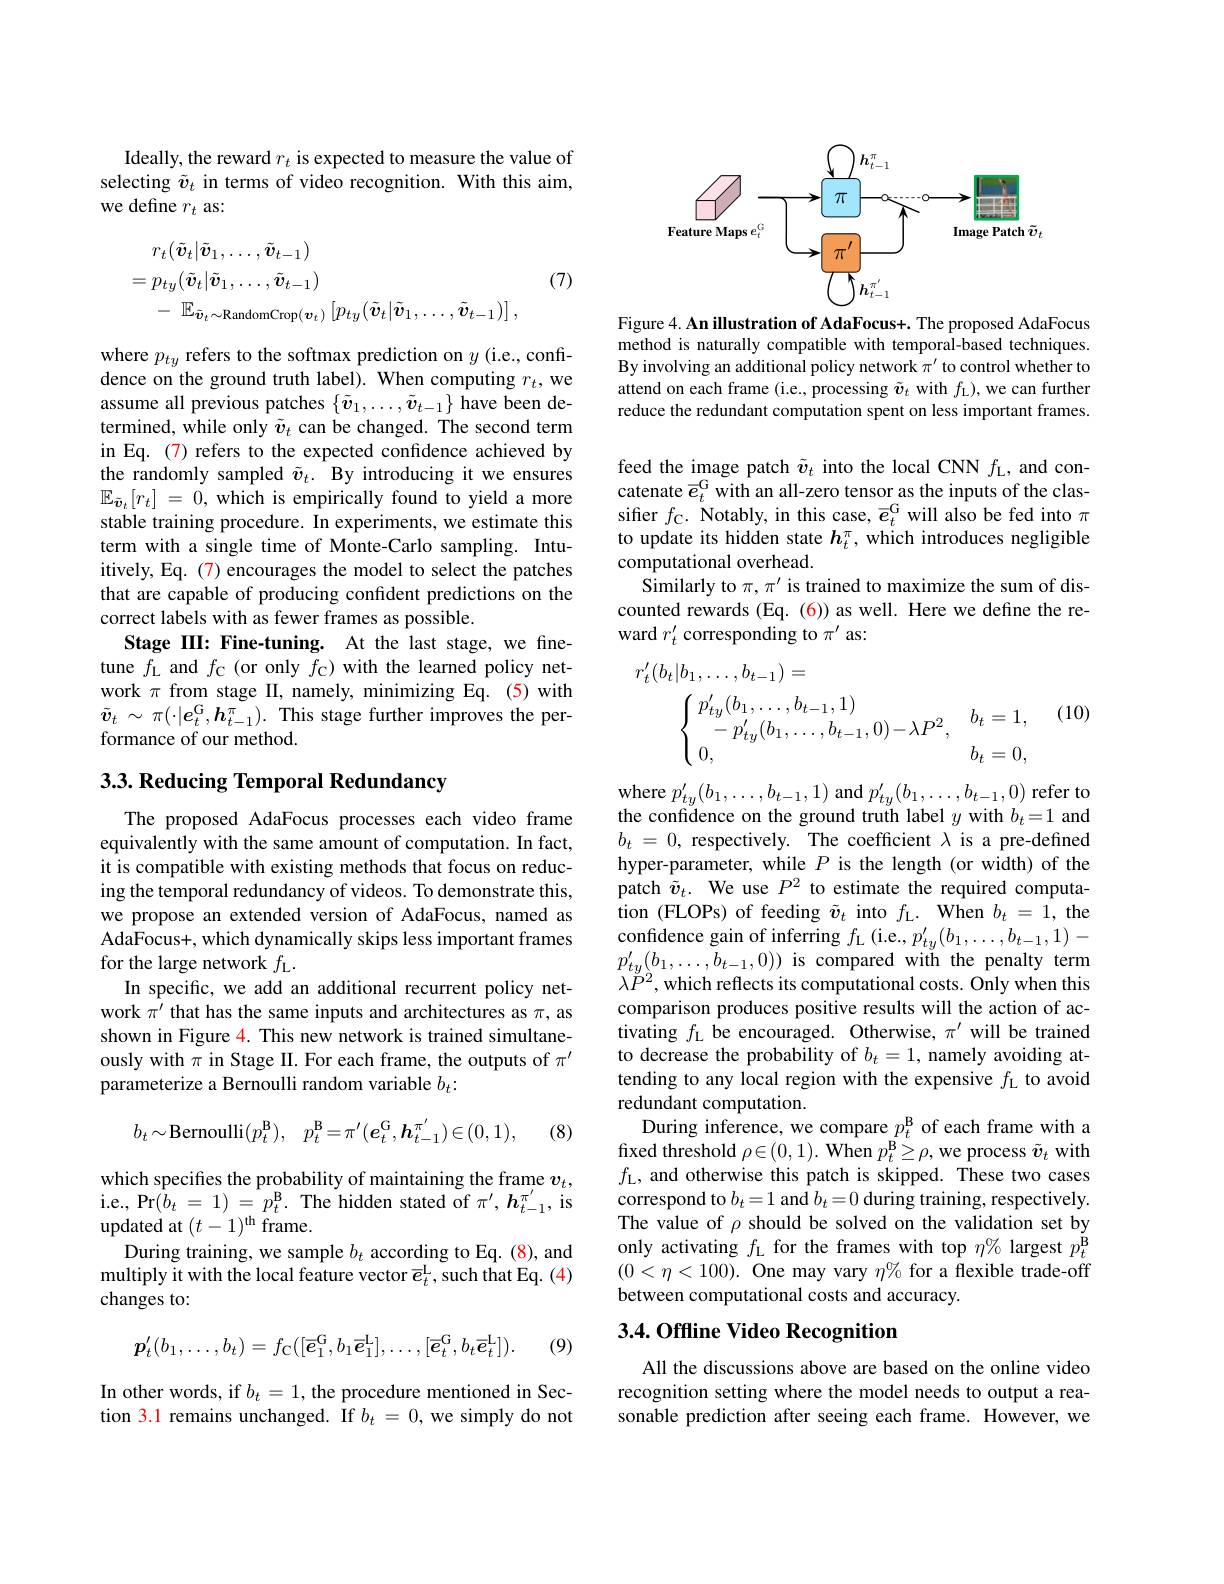
Ideally, the reward $r_t$ is expected to measure the value of selecting $\tilde{v}_t$ in terms of video recognition. With this aim, we define $r_t$ as:
$$\begin{aligned}&r_{t}(\tilde{\boldsymbol{v}}_{t}|\tilde{\boldsymbol{v}}_{1},\ldots,\tilde{\boldsymbol{v}}_{t-1})\\&=p_{ty}(\tilde{\boldsymbol{v}}_{t}|\tilde{\boldsymbol{v}}_{1},\ldots,\tilde{\boldsymbol{v}}_{t-1})\\&-\:\mathbb{E}_{\tilde{\boldsymbol{v}}_{t}\sim\mathrm{RandomCrop}(\boldsymbol{v}_{t})}\left[p_{ty}(\tilde{\boldsymbol{v}}_{t}|\tilde{\boldsymbol{v}}_{1},\ldots,\tilde{\boldsymbol{v}}_{t-1})\right],\end{aligned}$$
(7)

where $p_{ty}$ refers to the softmax prediction on $y$ (i.e., confidence on the ground truth label). When computing $r_t$,we assume all previous patches $\{\tilde{\boldsymbol{v}}_1,\ldots,\tilde{\boldsymbol{v}}_{t-1}\}$ have been determined, while only $\tilde{\boldsymbol{v}}_t$ can be changed. The second term in Eq. (7) refers to the expected confidence achieved by the randomly sampled $\tilde{v}_t.$ By introducing it we ensures $\mathbb{E} _{\tilde{\boldsymbol{v}} _t}[ r_t]$ = 0,which is empirically found to yield a more stable training procedure. In experiments, we estimate this term with a single time of Monte-Carlo sampling. Intuitively, Eq. (7) encourages the model to select the patches that are capable of producing confident predictions on the correct labels with as fewer frames as possible.
Stage III: Fine-tuning. At the last stage, we finetune $f_{\mathrm{L}}$ and $f_{\mathrm{C}}$ (or only $f_{\mathrm{C}})$ with the learned policy network $\pi$ from stage II, namely, minimizing Eq. (5) with $\tilde{\boldsymbol{v}}_{t}~\sim~\pi(\cdot|\boldsymbol{e}_{t}^{\mathrm{G}},\boldsymbol{h}_{t-1}^{\pi}).~$This stage further improves the performance of our method.

## $3. 3. \textbf{ Reducing Temporal Redundancy}$

The proposed AdaFocus processes each video frame equivalently with the same amount of computation. In fact, it is compatible with existing methods that focus on reducing the temporal redundancy of videos. To demonstrate this, we propose an extended version of AdaFocus, named as AdaFocus+, which dynamically skips less important frames for the large network $f_\mathrm{L}.$
In specific, we add an additional recurrent policy network $\pi^{\prime}$ that has the same inputs and architectures as $\pi$, as shown in Figure 4. This new network is trained simultaneously with $\pi$ in Stage II. For each frame, the outputs of $\pi^{\prime}$ parameterize a Bernoulli random variable $b_t:$
$$b_t\sim\mathrm{Bernoulli}(p_t^\mathrm{B}),\quad p_t^\mathrm{B}=\pi'(e_t^\mathrm{G},h_{t-1}^{\pi'})\in(0,1),$$
(8)

which specifies the probability of maintaining the frame $v_t$, i.e., Pr$(b_t=1)=p_t^{\mathbf{B}}.$ The hidden stated of $\pi^\prime,\boldsymbol{h}_{t-1}^{\pi^{\prime}}$, is updated at $(t-1)^\mathrm{th}$ frame.
During training, we sample $b_t$ according to Eq. (8), and multiply it with the local feature vector $\overline{e}_t^\mathrm{L}$, such that Eq. (4) changes to:
$$p_{t}^{\prime}(b_{1},\ldots,b_{t})=f_{\mathrm{C}}([\overline{e}_{1}^{\mathrm{G}},b_{1}\overline{e}_{1}^{\mathrm{L}}],\ldots,[\overline{e}_{t}^{\mathrm{G}},b_{t}\overline{e}_{t}^{\mathrm{L}}]).$$
(9)

In other words, if $b_t=1$, the procedure mentioned in Section 3.1 remains unchanged. If $b_t=0$, we simply do not

<FigureHere>

Figure 4. An illustration of AdaFocus+. The proposed AdaFocus method is naturally compatible with temporal-based techniques. By involving an additional policy network $\pi^{\prime}$ to control whether to attend on each frame (i.e., processing $\tilde{\boldsymbol{v}}_t$ with $f_\mathrm{L})$,we can further reduce the redundant computation spent on less important frames.

feed the image patch $\tilde{v}_t$ into the local CNN $f_\mathrm{L}$, and concatenate $\overline{e}_t^\mathrm{G}$ with an all-zero tensor as the inputs of the classifier $f_{\mathrm{C}}.$ Notably, in this case, $\overline e_t^{\mathrm{G}}$ will also be fed into $\pi$ to update its hidden state $h_t^\pi$, which introduces negligible computational overhead.
Similarly to $\pi,\pi^\prime$ is trained to maximize the sum of discounted rewards (Eq. (6)) as well. Here we define the reward $r_t^{\prime}$ corresponding to $\pi^\prime$ as:

(10)
$$\begin{aligned}r_{t}^{\prime}(b_{t}|b_{1},\ldots,b_{t-1})&=\\&\begin{cases}\:p_{ty}^{\prime}(b_{1},\ldots,b_{t-1},1)\\\:-\:p_{ty}^{\prime}(b_{1},\ldots,b_{t-1},0)-\lambda P^{2},&b_{t}=1,\\\:0,&b_{t}=0,\end{cases}\end{aligned}$$
where $p_{ty}^{\prime}(b_{1},\ldots,b_{t-1},1)$ and $p_{ty}^{\prime}(b_{1},\ldots,b_{t-1},0)$ refer to the confidence on the ground truth label $y$ with $b_t=1$ and $b_t$ = 0, respectively. The coefficient $\lambda$ is a pre-defined hyper-parameter, while $P$ is the length (or width) of the patch $\tilde{v}_t.$ We use $P^2$ to estimate the required computation (FLOPs) of feeding $\tilde{\boldsymbol{v}}_t$ into $f_\mathrm{L}.$ When $b_t=1$, the confidence gain of inferring $f_{\mathrm{L}}$ (i.e., $p_ty^{\prime}(b_1,\ldots,b_{t-1},1)-$ $p_{ty}^{\prime}(b_{1},\ldots,b_{t-1},0))$ is compared with the penalty term $\lambda P^{2}$,which reflects its computational costs. Only when this comparison produces positive results will the action of activating $f_{\mathrm{L}}$ be encouraged. Otherwise, $\pi^\prime$ will be trained to decrease the probability of $b_t=1$, namely avoiding attending to any local region with the expensive $f_\mathrm{L}$ to avoid redundant computation.
During inference, we compare $p_t^\mathrm{B}$ of each frame with a fixed threshold $\rho \in ( 0, 1) . \textbf{When}p_t^\mathrm{B} \geq \rho $, we process $\tilde{v}_t$ with $f_{\mathrm{L}}$, and otherwise this patch is skipped. These two cases correspond to $b_t=1$ and $b_t=0$ during training, respectively. The value of $\rho$ should be solved on the validation set by only activating $f_\mathrm{L}$ for the frames with top $\eta\%$ largest $p_t^\mathrm{B}$ $(0<\eta<100).$ One may vary $\eta\%$ for a flexible trade-off between computational costs and accuracy.

## 3.4. Offline Video Recognition

All the discussions above are based on the online video recognition setting where the model needs to output a reasonable prediction after seeing each frame. However, we